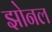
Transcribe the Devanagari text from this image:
झोनल